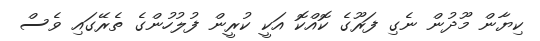
ކިޔާން މޫދުން ނެގި ފަރޫގެ ކޮއްކޮ އަކީ ކުރީން ފުލުހުންގެ ތެރޭގައި ވެސް